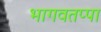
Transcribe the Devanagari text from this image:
भागवतप्पा